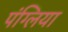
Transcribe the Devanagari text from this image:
पंग्लिया